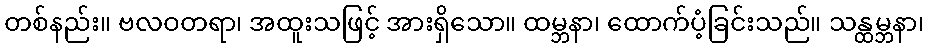
တစ်နည်း။ ဗလဝတရာ၊ အထူးသဖြင့် အားရှိသော။ ထမ္ဘနာ၊ ထောက်ပံ့ခြင်းသည်။ သန္ထမ္ဘနာ၊